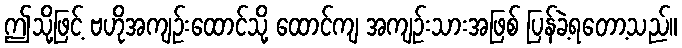
ဤသို့ဖြင့် ဗဟိုအကျဉ်းထောင်သို့ ထောင်ကျ အကျဉ်းသားအဖြစ် ပြန်ခဲ့ရတော့သည်။